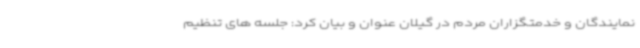
نمایندگان و خدمتگزاران مردم در گیلان عنوان و بیان کرد: جلسه های تنظیم